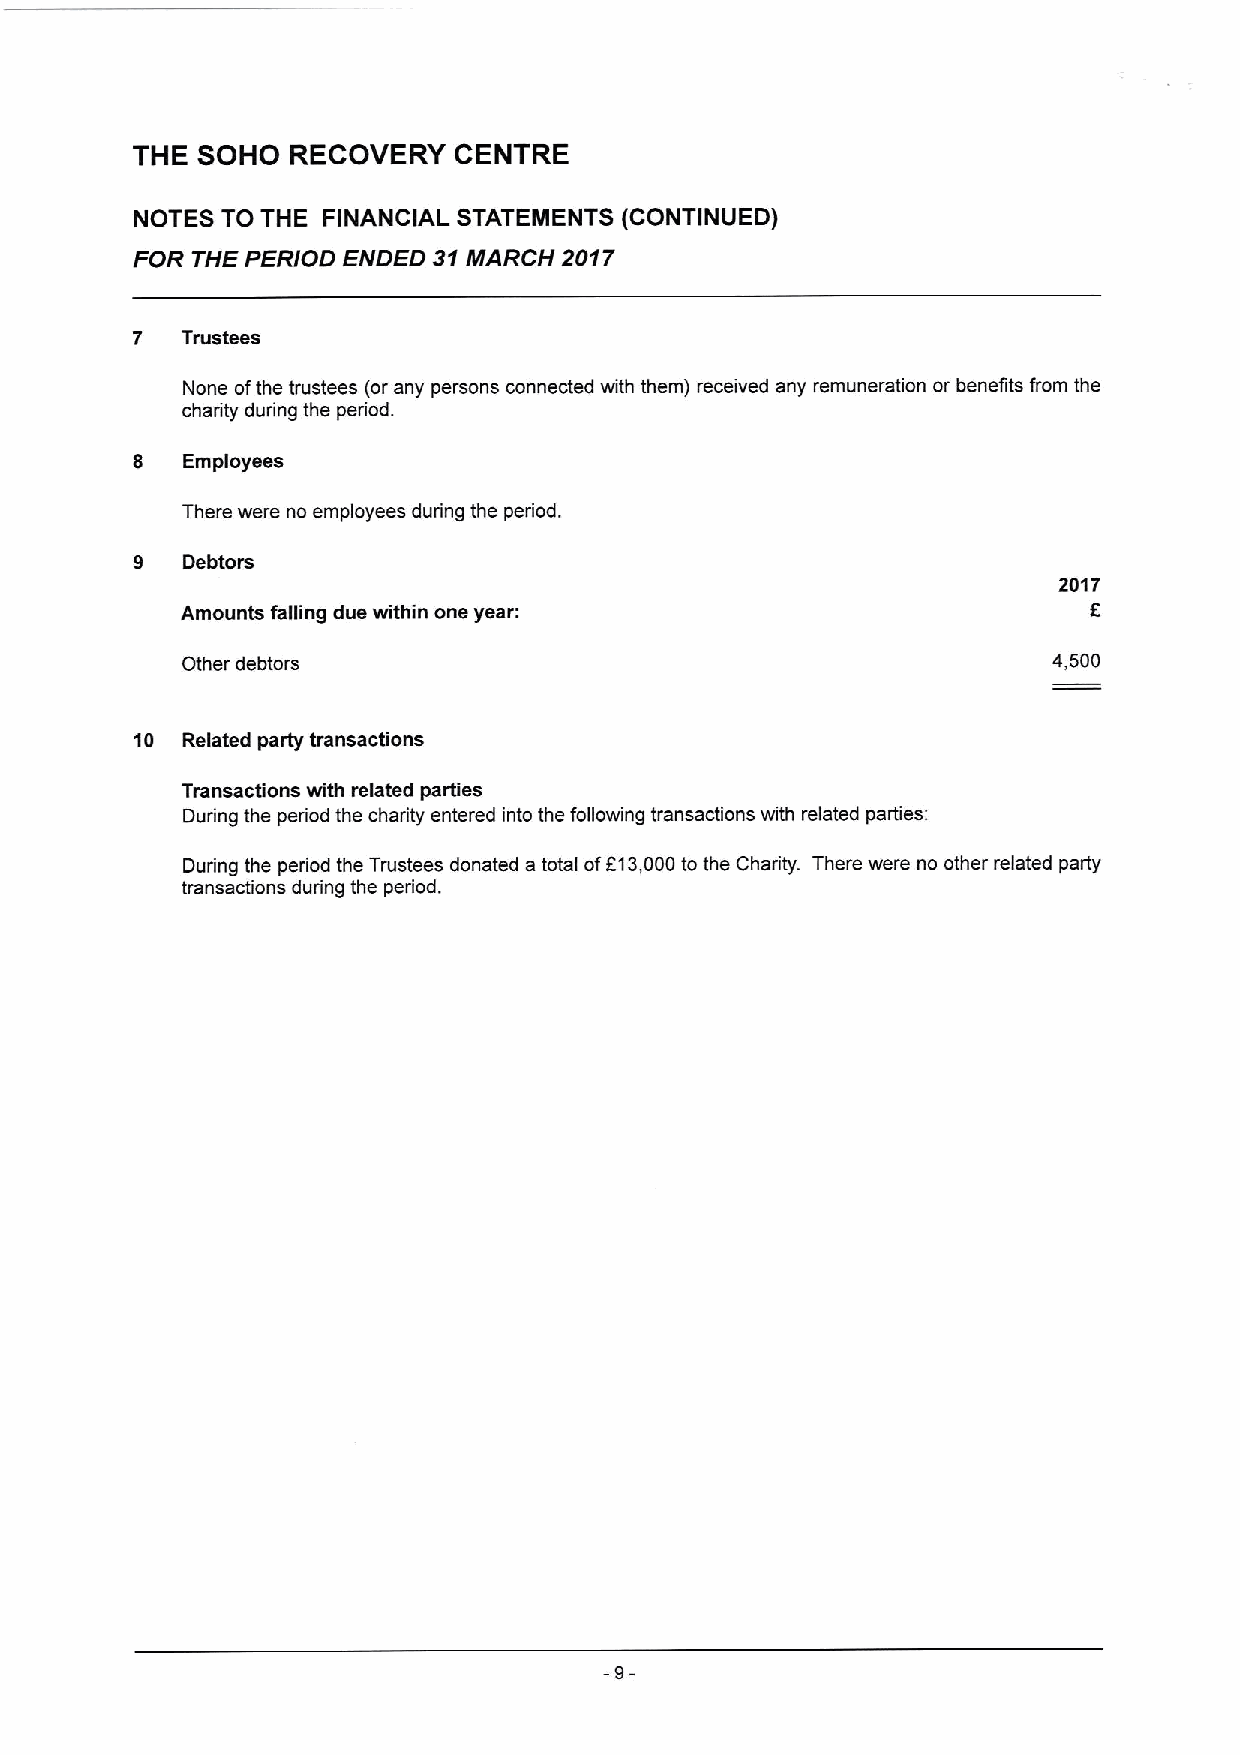
THE SOHO  RECOVERY   CENTRE
 NOTES TO THE FINANCIAL STATEMENTS (CONTINUED)
 FOR THE PERIOD ENDED 31MARCH 2017
 7  Trustees
 None ofthe trustees (or any persons connected with them) received any remuneration or benefits from the
 charity during the period.
 8  Employees
 There were no employees during the period.
 9  Debtors
 2017
 Amounts falling due within one year:                        K
 Other debtors                                             4,500
 10 Related party transactions
 Transactions with related parties
 During the period the charity entered into the following transactions with related parties:
 During the period the Trustees donated a total ofF13,000to the Charity. There were no other related party
 transactions during the period.